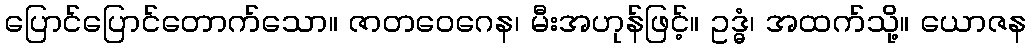
ပြောင်ပြောင်တောက်သော။ ဇာတဝေဂေန၊ မီးအဟုန်ဖြင့်။ ဥဒ္ဓံ၊ အထက်သို့။ ယောဇန